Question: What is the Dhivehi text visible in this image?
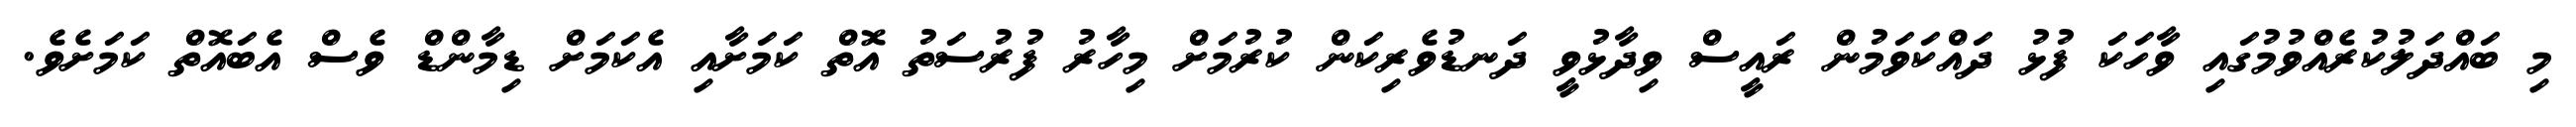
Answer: މި ބައްދަލުކުރެއްވުމުގައި ވާހަކަ ފުޅު ދައްކަވަމުން ރައީސް ވިދާޅުވީ ދަނޑުވެރިކަން ކުރުމަށް މިހާރު ފުރުސަތު އޮތް ކަމަށާއި އެކަމަށް ޑިމާންޑް ވެސް އެބައޮތް ކަމަށެވެ.